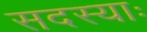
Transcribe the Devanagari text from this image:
सदस्याः